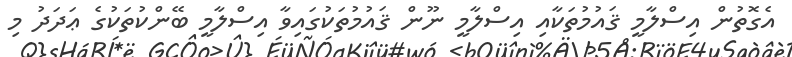
އެގޮތުން އިސްލާމީ ޤައުމުތަކާއި އިސްލާމީ ނޫން ޤައުމުތަކުގައިވާ އިސްލާމީ ބޭންކުތަކުގެ ޢަދަދު މި